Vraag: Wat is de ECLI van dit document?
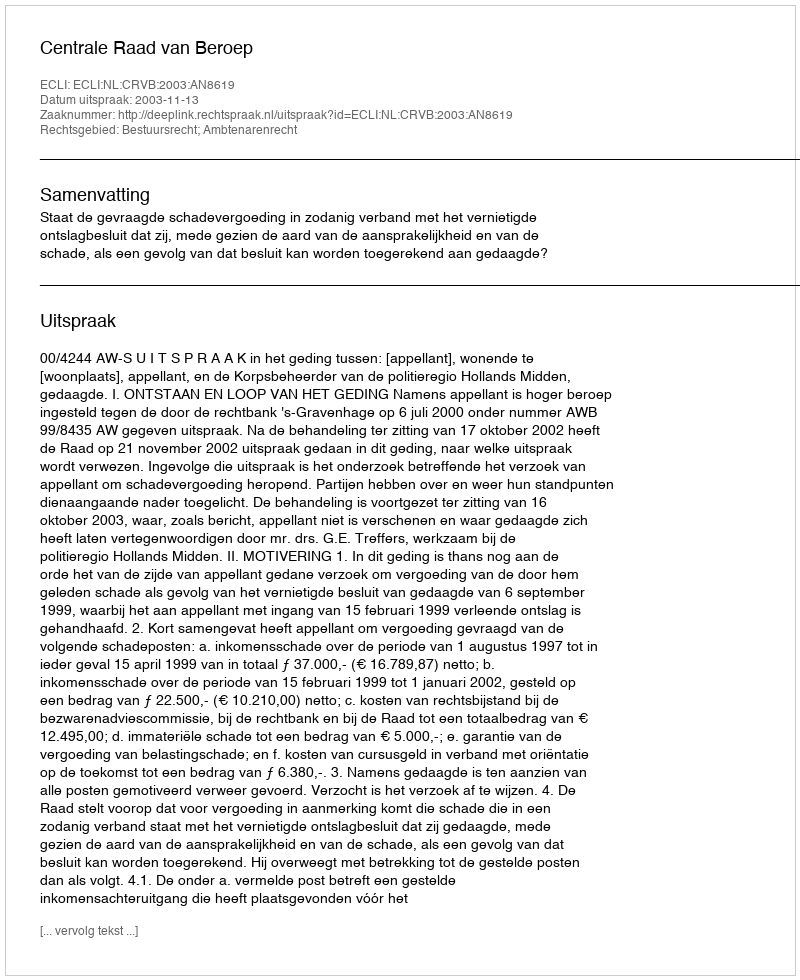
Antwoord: ECLI:NL:CRVB:2003:AN8619